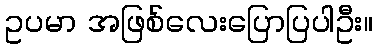
ဥပမာ အဖြစ်လေးပြောပြပါဦး။